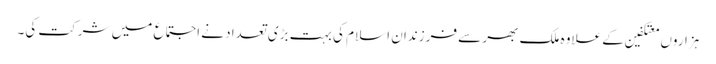
ہزاروں معتکفین کے علاوہ ملک بھر سے فرزندان اسلام کی بہت بڑی تعداد نے اجتماع میں شرکت کی۔